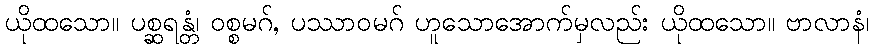
ယိုထသော။ ပစ္ဆရန္တံ၊ ဝစ္စမဂ်, ပဿာဝမဂ် ဟူသောအောက်မှလည်း ယိုထသော။ ဗာလာနံ၊